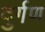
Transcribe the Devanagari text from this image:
दुर्गण